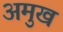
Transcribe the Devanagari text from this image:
अमुख